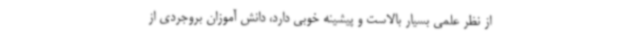
از نظر علمی بسیار بالاست و پیشینه خوبی دارد، دانش آموزان بروجردی از